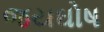
જયઘોષ